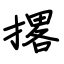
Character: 撂